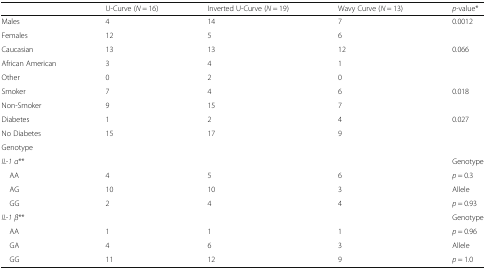
<table><thead><tr><td></td><td><b>U-Curve (<i>N</i> = 16)</b></td><td><b>Inverted U-Curve (<i>N</i> = 19)</b></td><td><b>Wavy Curve (<i>N</i> = 13)</b></td><td><b><i>p</i>-value*</b></td></tr></thead><tbody><tr><td>Males</td><td>4</td><td>14</td><td>7</td><td>0.0012</td></tr><tr><td>Females</td><td>12</td><td>5</td><td>6</td><td></td></tr><tr><td>Caucasian</td><td>13</td><td>13</td><td>12</td><td>0.066</td></tr><tr><td>African American</td><td>3</td><td>4</td><td>1</td><td></td></tr><tr><td>Other</td><td>0</td><td>2</td><td>0</td><td></td></tr><tr><td>Smoker</td><td>7</td><td>4</td><td>6</td><td>0.018</td></tr><tr><td>Non-Smoker</td><td>9</td><td>15</td><td>7</td><td></td></tr><tr><td>Diabetes</td><td>1</td><td>2</td><td>4</td><td>0.027</td></tr><tr><td>No Diabetes</td><td>15</td><td>17</td><td>9</td><td></td></tr><tr><td colspan="5">Genotype</td></tr><tr><td><i>IL-1 α</i>**</td><td></td><td></td><td></td><td>Genotype</td></tr><tr><td> AA</td><td>4</td><td>5</td><td>6</td><td><i>p</i> = 0.3</td></tr><tr><td> AG</td><td>10</td><td>10</td><td>3</td><td>Allele</td></tr><tr><td> GG</td><td>2</td><td>4</td><td>4</td><td><i>p</i> = 0.93</td></tr><tr><td><i>IL-1 β</i>**</td><td></td><td></td><td></td><td>Genotype</td></tr><tr><td> AA</td><td>1</td><td>1</td><td>1</td><td><i>p</i> = 0.96</td></tr><tr><td> GA</td><td>4</td><td>6</td><td>3</td><td>Allele</td></tr><tr><td> GG</td><td>11</td><td>12</td><td>9</td><td><i>p</i> = 1.0</td></tr></tbody></table>